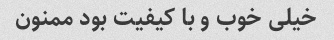
خیلی خوب و با کیفیت بود ممنون